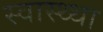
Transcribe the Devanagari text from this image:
स्वास्थ्था